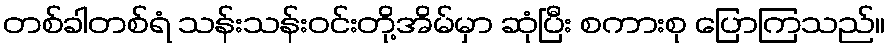
တစ်ခါတစ်ရံ သန်းသန်းဝင်းတို့အိမ်မှာ ဆုံပြီး စကားစု ပြောကြသည်။